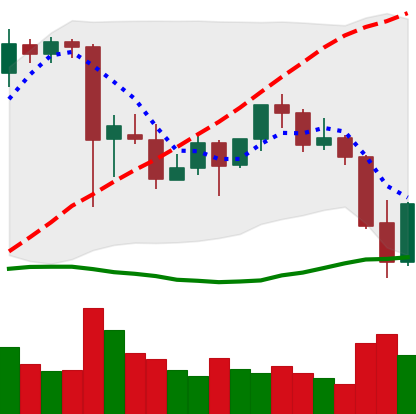
Ticker: ETH-USD
Chart end date: 2021-09-22
Forward return: -4.67%
Label: down_3_5